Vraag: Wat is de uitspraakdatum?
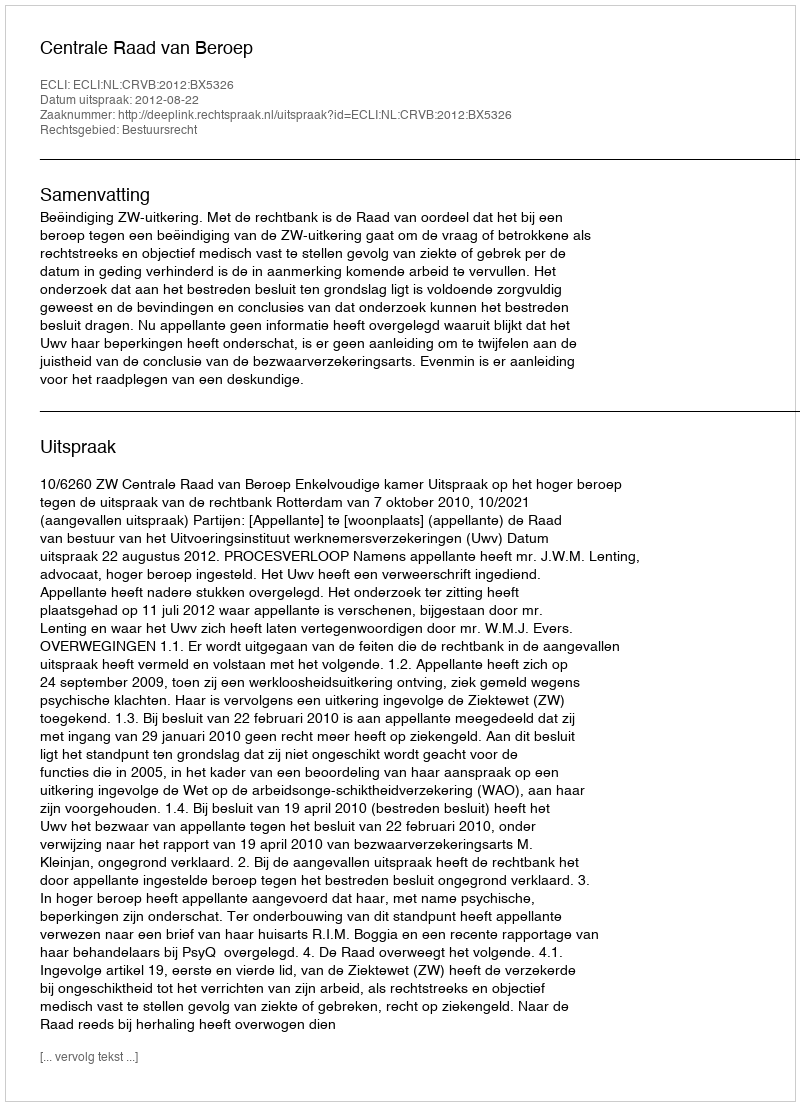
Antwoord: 2012-08-22